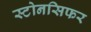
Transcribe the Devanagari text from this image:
स्टोनसिफर